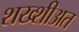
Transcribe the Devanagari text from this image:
शख्शीअत